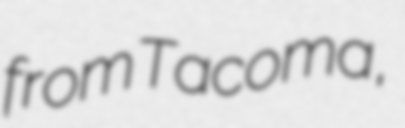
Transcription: from Tacoma,